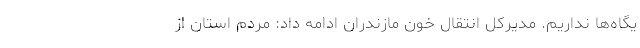
یگاه‌ها نداریم. مدیرکل انتقال خون مازندران ادامه داد: مردم استان از